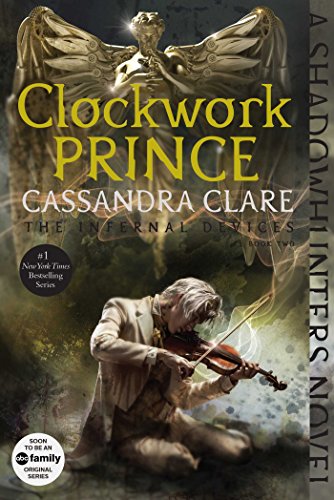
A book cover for Clockwork Prince (The Infernal Devices); Cassandra Clare; Teen & Young Adult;